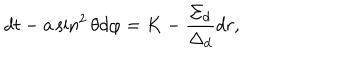
d t - a \sin ^ { 2 } \theta d \varphi = K - \frac { \Sigma _ { d } } { \Delta _ { d } } d r ,